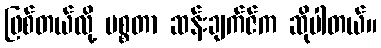
ဖြစ်တယ်လို့ မစ္စတာ ဆန်းချက်ဇ်က ဆိုပါတယ်။